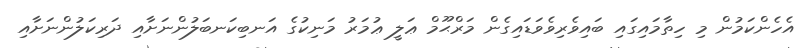
އެހެންކަމުން މި ހިތާމައިގައި ބައިވެރިވެވަޑައިގެން މަރްޙޫމް ޢަލީ ޢުމަރު މަނިކުގެ އަނބިކަނބަލުންނަށާއި ދަރިކަލުންނަށާއި